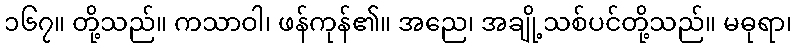
၁၆၇။ တို့သည်။ ကသာဝါ၊ ဖန်ကုန်၏။ အညေ၊ အချို့သစ်ပင်တို့သည်။ မဓုရာ၊